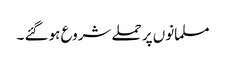
مسلمانوں پر حملے شروع ہو گئے ۔